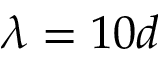
\lambda = 1 0 d